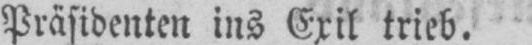
Präsidenten ins Exil trieb.